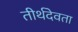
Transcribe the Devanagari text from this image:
तीर्थदेवता